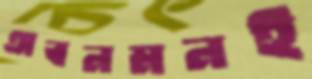
অবনমনই